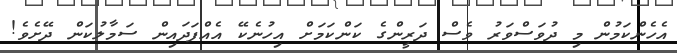
އެހެންކަމުން މި ދުވަސްވަރު ވެސް ދަރީންގެ ކަންކަމަށް އިހުނެކޭ އެއްފަދައިން ސަމާލުކަން ދޭށެވެ!